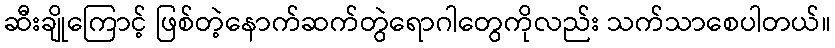
ဆီးချိုကြောင့် ဖြစ်တဲ့နောက်ဆက်တွဲရောဂါတွေကိုလည်း သက်သာစေပါတယ်။